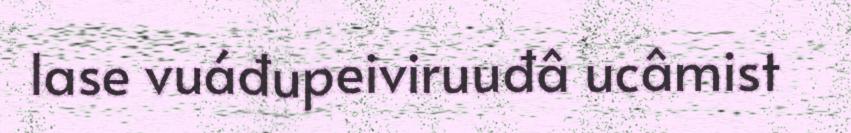
lase vuáđupeiviruuđâ ucâmist